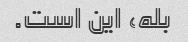
بله، این است.